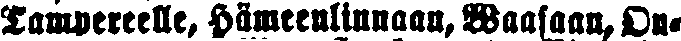
Tampereelle, Hämeelinnaan, Waasaan, Ou-